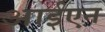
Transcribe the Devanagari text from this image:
आईएन